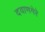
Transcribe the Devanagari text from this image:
दवाणगेरे